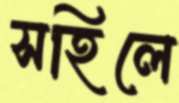
সহিলে